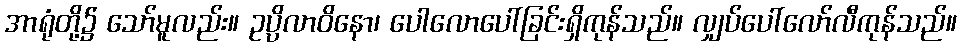
အာရုံတို့၌ သော်မူလည်း။ ဥပ္ပိလာဝိနော၊ ပေါလောပေါ်ခြင်းရှိကုန်သည်။ လျှပ်ပေါ်လော်လီကုန်သည်။